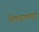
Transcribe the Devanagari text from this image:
सिकंदरामलाई